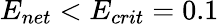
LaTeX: E_{net}<E_{crit}=0.1